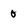
Character: 0